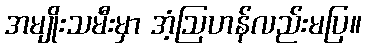
အမျိုးသမီးမှာ အံ့ဩဟန်လည်းမပြ။